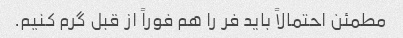
مطمئن احتمالاً باید فر را هم فوراً از قبل گرم کنیم.